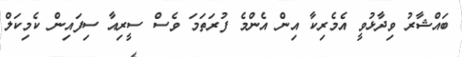
ބައްޝާރު ވިދާޅުވީ އެމެރިކާ އިން އެންމެ ފުރަތަމަ ވެސް ސީރިއާ ސިފައިން ކެމިކަލް